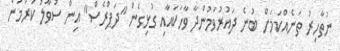
ނުތާހިރު ތަނެއްކަމަށް ބުނެ ދައުރުވަމުންދާ ވާހަކައާއި ގުޅިގެން "ދަޕްރެސް" އިން ސުވާލު ކުރުމުން